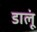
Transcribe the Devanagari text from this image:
डालूं